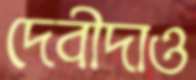
দেবীদাও